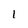
Character: 1